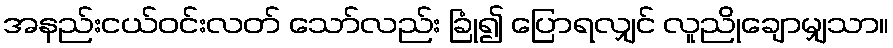
အနည်းငယ်ဝင်းလတ် သော်လည်း ခြုံ၍ ပြောရလျှင် လူညိုချောမျှသာ။